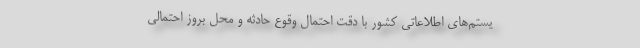
یستم‌های اطلاعاتی کشور با دقت احتمال وقوع حادثه و محل بروز احتمالی